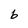
Character: b